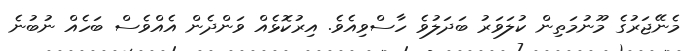
މެނޭޖަރުގެ މޫނުމަތިން ކުލަވަރު ބަދަލުވެ ހާސްވިއެވެ. އިރުކޮޅެއް ވަންދެން އެއްވެސް ބަހެއް ނުބުނެ